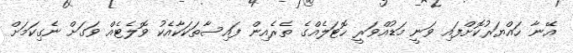
އޭނާ ހައްޔަރުކޮށްފައި ވަނީ މަޑުއްވަރީ ހޮޓަލެއްގެ ތެރެއިން ފައިސާތަކަކާއެކު ވޮލެޓެއް ވަގަށް ނެގިކަމަށް